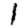
Digit: 1